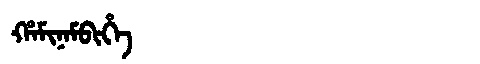
Manchu: ᡥᠠᠮᡳᠨᠠᠮᠪᡳᡥᡝ
Romanization: HAMINAMBIHE